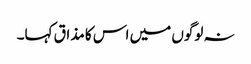
نہ لوگوں میں اس کا مذاق کہا۔